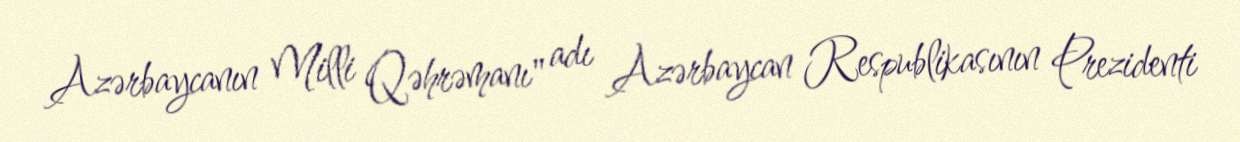
Azərbaycanın Milli Qəhrəmanı" adı Azərbaycan Respublikasının Prezidenti